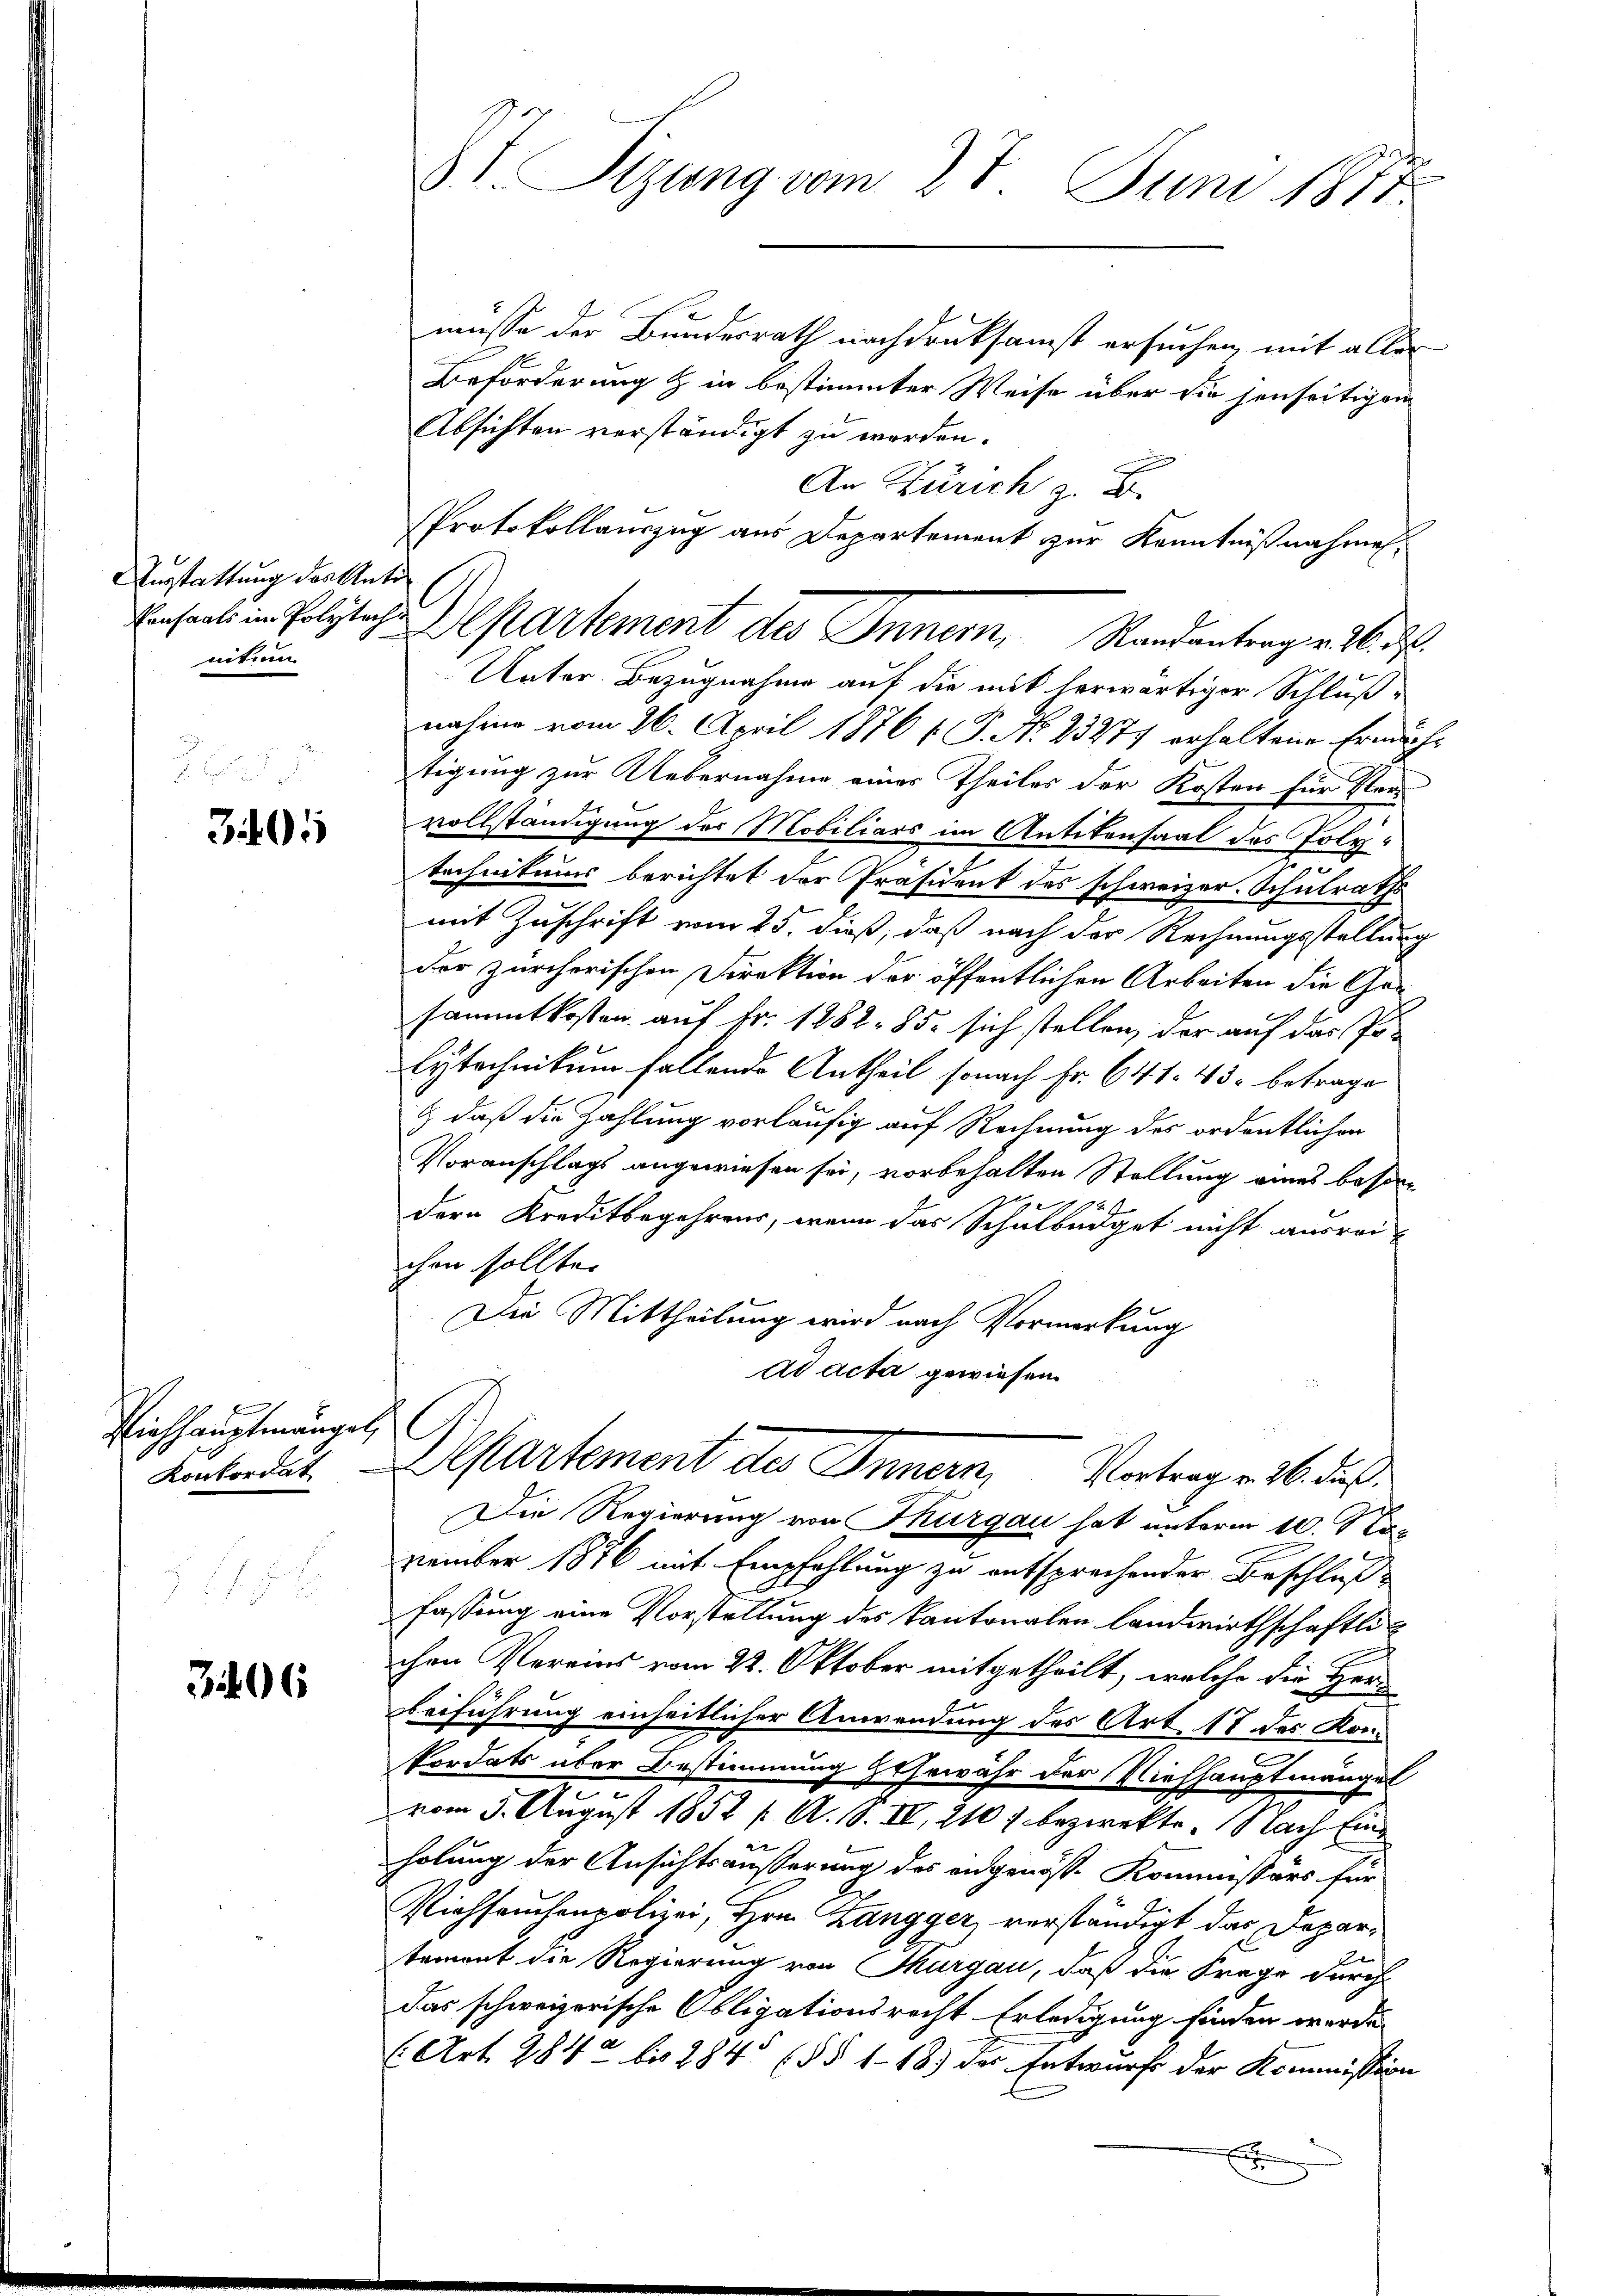
Verstattung des Unter
nitum.

2

3495

Piechhauptmängel,
Konkordat
1278 x

3496

St. Sizung vom 27. Juni 1877

müsse der Bundesrath nachdruksamst ersuchen, mit aller
Beförderung & in bestimmter Weise über die senseitigen
Absichten verständigt zu werden.
An Zürich z. B.
Unter Bezugnahme auf die mit herwärtiger Schluß-
nahme vom 26. April 1876 f. P. Nr. 23277 erhaltene Ermächtigung zur Uebernahme eines Theiles der Kosten für Vervollständigung des Mobiliars im Antikensaal des Erletechnitums berichtet der Präsident des schweizer. Schulraths
mit Zuschrift vom 25. dieß, daß nach der Rechnungsstellung
der zürcherischen Direktion der öffentlichen Arbeiten die Gesammtkosten auf Fr. 1882. 85. sich stellen, der auf das Po-
lytechnikum fallende Antheil sonach Fr. 641. 43 betrage
& daß die Zahlung vorläufig auf Rechnung des ordentlichen
Voranschlags angewiesen sei, vorbehalten Stellung eines besorx
92
dern Kreditbegehrens, wenn das Schulbüdget nicht ausreichen sollte.
Die Mittheilung wird nach Vormerkung
ad acta gewiesen.
Departement des Inner Vatergers dies
Die Regierung von Thurgau hat unterm 10. Naz
zember 1876 mit Empfehlung zu entsprechender Beschluß-
fassung eine Vorstellung des Kantonalen landwirthschaftli
chen Vereins vom 22. Oktober mitgetheilt, welche die Herr
Beiführung einheitlicher Anwendung des Art 17 des Kon¬
Pordats aber Bestimmung herwähr der Viehhauptmängel
vom 5. August 1852 (: A. S. IV, 210 f bezirekte. Nach Einholung der Ansichtsäußerung des angenöss. Kommissärs für
Viehhausenpolizei, Hrn. Zangger, verständigt das Departament die Regierung von Thurgau, daß die Frage durch
das schweizerische Obligationsrecht Erledigung finden werde.
(Art. 2842 bis 284 (§§ 118.) Der Entwurfs der Kommission
x

Protokollauszug aus Departement zur Kenntnißnahmen.
Ensaal in Polytege Partement des Innern, Standenterger 26. d.